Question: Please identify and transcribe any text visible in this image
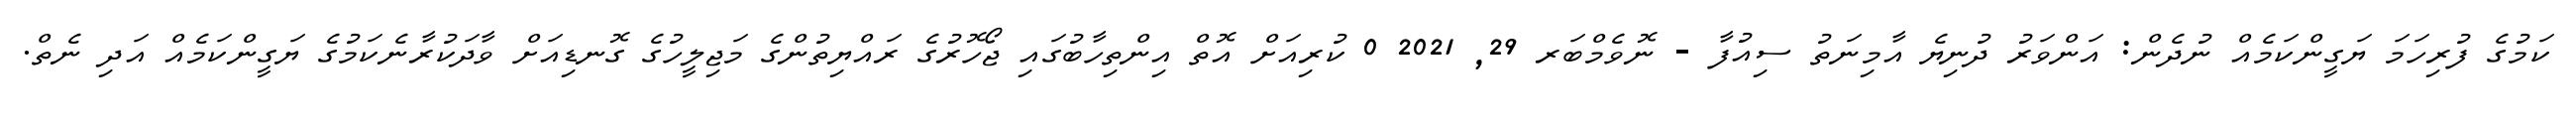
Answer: ކަމުގެ ފުރިހަމަ ޔަގީންކަމެއް ނުދެން: އަންވަރު ދުނިޔެ އާމިނަތު ސިއުފާ - ނޮވެމްބަރ 29, 2021 0 ކުރިއަށް އޮތް އިންތިހާބުގައި ޖޯހޮރުގެ ރައްޔިތުންގެ މަޖިލީހުގެ ގޮނޑިއަށް ވާދަކުރާނެކަމުގެ ޔަގީންކަމެއް އަދި ނެތް.